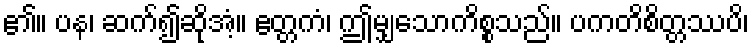
၏။ ပန၊ ဆက်၍ဆိုအံ့။ ဧတ္တကံ၊ ဤမျှသောကိစ္စသည်။ ပကတိစိတ္တဿပိ၊